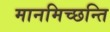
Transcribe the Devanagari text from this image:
मानमिच्छन्ति